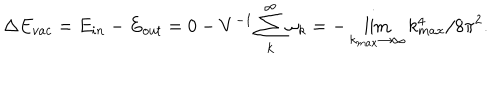
\Delta E _ { v a c } = E _ { i n } - E _ { o u t } = 0 - V ^ { - 1 } \sum _ { k } ^ { \infty } \omega _ { k } = - \lim _ { k _ { m a x } \to \infty } k _ { m a x } ^ { 4 } / 8 \pi ^ { 2 } .